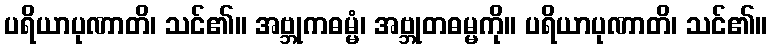
ပရိယာပုဏာတိ၊ သင်၏။ အဗ္ဘုကဓမ္မံ၊ အဗ္ဘုတဓမ္မကို။ ပရိယာပုဏာတိ၊ သင်၏။